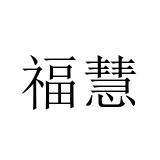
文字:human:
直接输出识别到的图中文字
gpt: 福慧